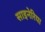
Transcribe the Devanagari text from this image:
साइनेरिया